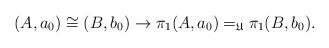
LaTeX: \begin{align*} (A,a_0)\cong (B,b_0) \to \pi_1(A,a_0)=_{\mathfrak{U}}\pi_1(B,b_0).\end{align*}